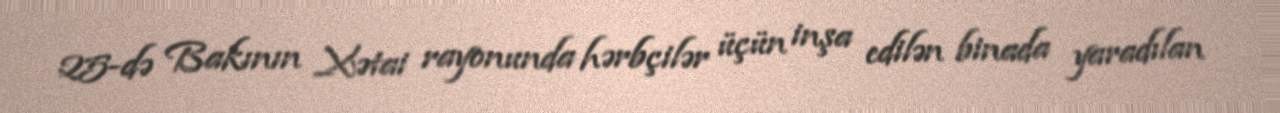
25-də Bakının Xətai rayonunda hərbçilər üçün inşa edilən binada yaradılan